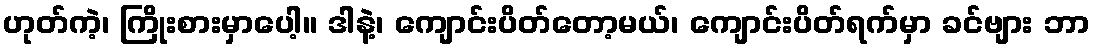
ဟုတ်ကဲ့၊ ကြိုးစားမှာပေါ့။ ဒါနဲ့၊ ကျောင်းပိတ်တော့မယ်၊ ကျောင်းပိတ်ရက်မှာ ခင်ဗျား ဘာ